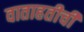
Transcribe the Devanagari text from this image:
वाताहतीची